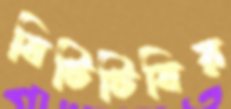
বিটিটিবির